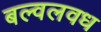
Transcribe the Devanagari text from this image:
बल्वलवध